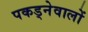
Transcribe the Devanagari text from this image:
पकड्नेवालों